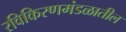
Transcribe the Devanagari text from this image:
रविकिरणमंडळातील